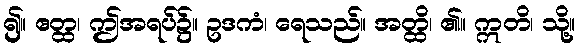
၍။ ဧတ္ထ၊ ဤအရပ်၌။ ဥဒကံ၊ ရေသည်။ အတ္ထိ၊ ၏။ ဣတိ၊ သို့။